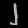
Digit: ၂